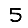
Digit: 5